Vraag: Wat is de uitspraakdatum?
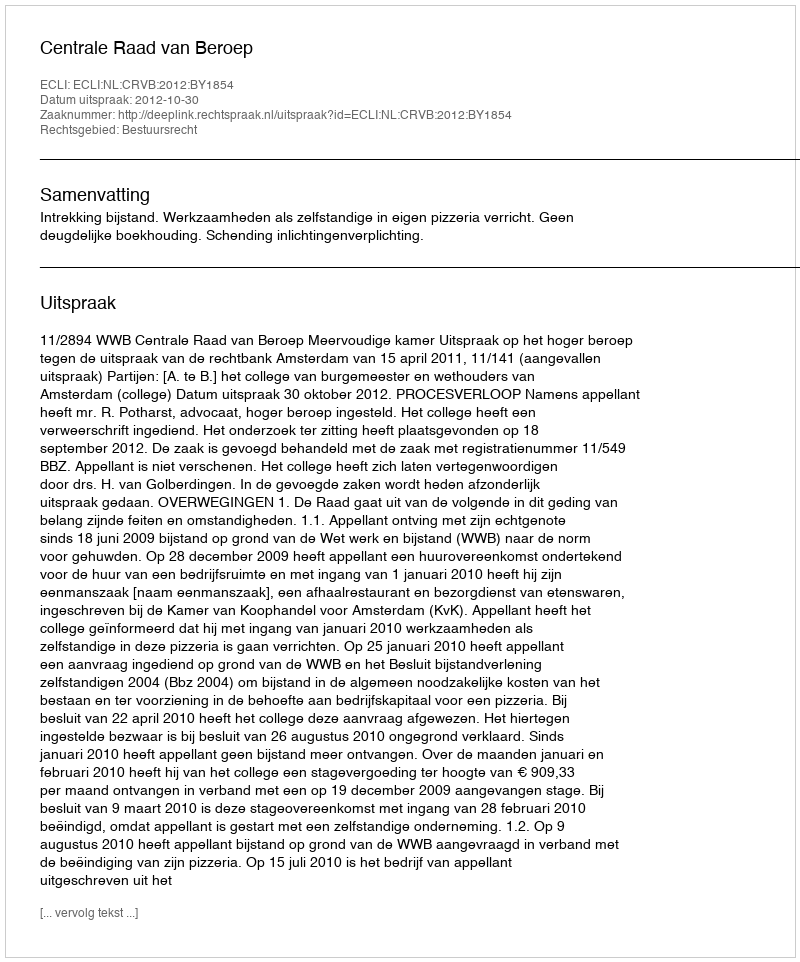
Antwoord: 2012-10-30